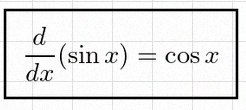
\frac{d}{dx}(\sin x)=\cos x